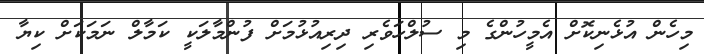
މިހެން އުޅެނިކޮށް އެމީހުންގެ މި ސުލްހަވެރި ދިރިއުޅުމަށް ފުންމާލަކީ ކަމާލް ނަމަކަށް ކިޔާ